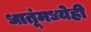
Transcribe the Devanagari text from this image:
धातूंमध्येही